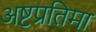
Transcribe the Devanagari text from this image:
अष्टप्रतिमा